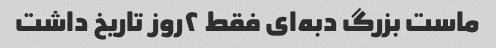
ماست بزرگ دبه‌ای فقط ٢روز تاریخ داشت